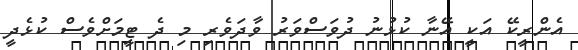
އެންރީކޭ އަކީ އޭނާ ކުޅުނު ދުވަސްވަރު ވާދަވެރި މި ދެ ޓީމަށްވެސް ކުޅެދީ